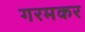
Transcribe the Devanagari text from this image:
गरमकर